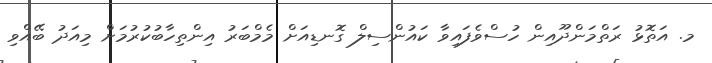
މ. އަތޮޅު ރަތްމަންދޫއިން ހުސްވެފައިވާ ކައުންސިލް ގޮނޑިއަށް މެމްބަރު އިންތިހާބުކުރުމަށް މިއަދު ބޭއްވި